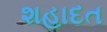
શહાદત